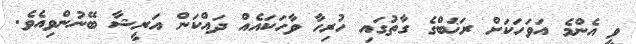
ވީ އެންމެ އަވަހަކަށް ރަޚަބްގެ ގާތުގައި ހުރިހާ ވާހަކައެއް ދައްކަން އަރީޝާ ބޭނުންވިއެވެ.